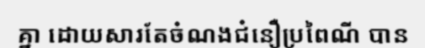
គ្នា ដោយសារតែចំណងជំនឿប្រពៃណី បាន